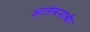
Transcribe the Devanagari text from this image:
आलंबनाची